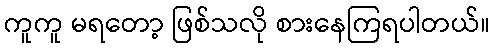
ကူကူ မရတော့ ဖြစ်သလို စားနေကြရပါတယ်။